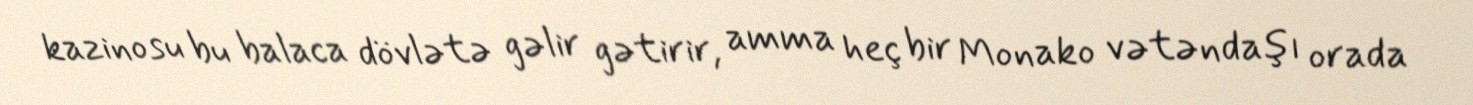
kazinosu bu balaca dövlətə gəlir gətirir, amma heç bir Monako vətəndaşı orada